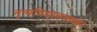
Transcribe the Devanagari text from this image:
नृत्यविद्यालयाच्या